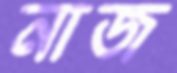
নাজ